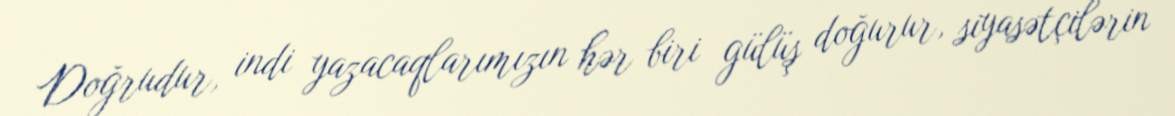
Doğrudur, indi yazacaqlarımızın hər biri gülüş doğurur, siyasətçilərin